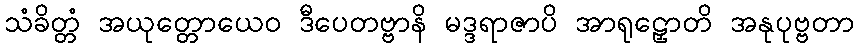
သံခိတ္တံ အယုတ္တောယေဝ ဒီပေတဗ္ဗာနိ မဒ္ဒရာဇာပိ အာရုဠှောတိ အနုပုဗ္ဗတာ